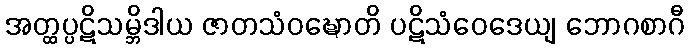
အတ္ထပ္ပဋိသမ္ဘိဒါယ ဇာတသံဝဍ္ဎောတိ ပဋိသံဝေဒေယျ ဘောဂစာဂီ